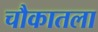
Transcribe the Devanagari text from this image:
चौकातला